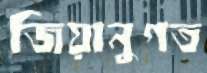
জিয়ানুগত